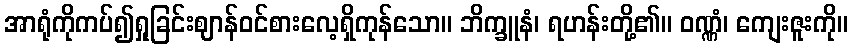
အာရုံကိုကပ်၍ရှုခြင်းဈာန်ဝင်စားလေ့ရှိကုန်သော။ ဘိက္ခူနံ၊ ရဟန်းတို့၏။ ဝဏ္ဏံ၊ ကျေးဇူးကို။